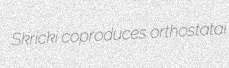
Skricki coproduces orthostatai